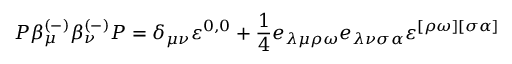
P \beta _ { \mu } ^ { ( - ) } \beta _ { \nu } ^ { ( - ) } P = \delta _ { \mu \nu } \varepsilon ^ { 0 , 0 } + \frac 1 4 e _ { \lambda \mu \rho \omega } e _ { \lambda \nu \sigma \alpha } \varepsilon ^ { [ \rho \omega ] [ \sigma \alpha ] }